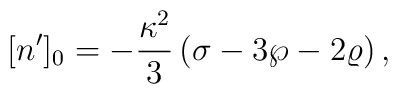
[n^{\prime}]_0=-{\kappa^2\over 3}\left(\sigma-3\wp-2\varrho\right),